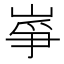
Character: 𡸵